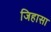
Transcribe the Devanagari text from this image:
जिहासा